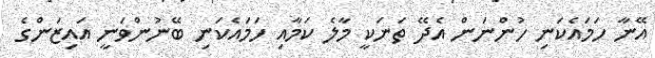
އޭނާ ހަމައެކަނި ހުންނަން އެދޭ ތަނަކީ މާލެ ކަމާއި ހަމައެކަނި ބޭނުންވަނީ އައިޒަންގެ